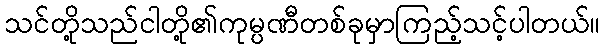
သင်တို့သည်ငါတို့၏ကုမ္ပဏီတစ်ခုမှာကြည့်သင့်ပါတယ်။